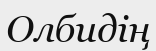
Олбидің